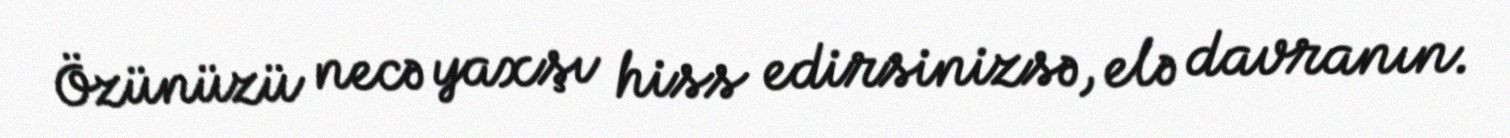
Özünüzü necə yaxşı hiss edirsinizsə, elə davranın.